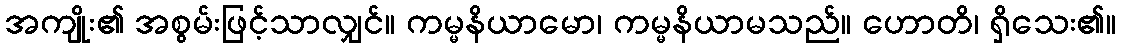
အကျိုး၏ အစွမ်းဖြင့်သာလျှင်။ ကမ္မနိယာမော၊ ကမ္မနိယာမသည်။ ဟောတိ၊ ရှိသေး၏။